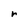
Character: r